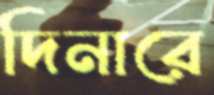
দিনারে